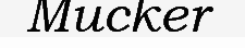
Mucker